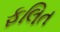
ફલિત